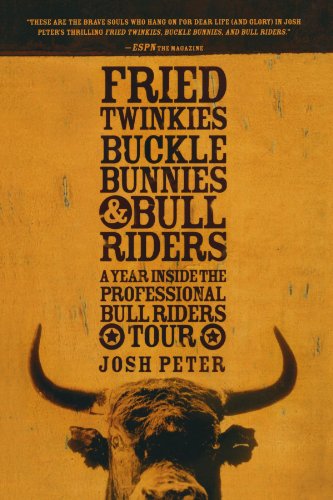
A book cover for Fried Twinkies, Buckle Bunnies, & Bull Riders: A Year Inside the Professional Bull Riders Tour; Josh Peter; Sports & Outdoors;